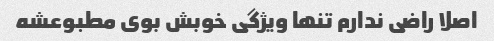
اصلا راضی ندارم تنها ویژگی خوبش بوی مطبوعشه